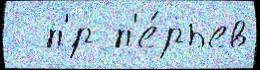
  п'́р п'е́рьев